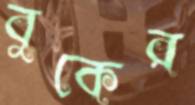
বুকের